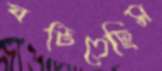
ঘটিতেছিস